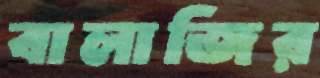
বালাজির